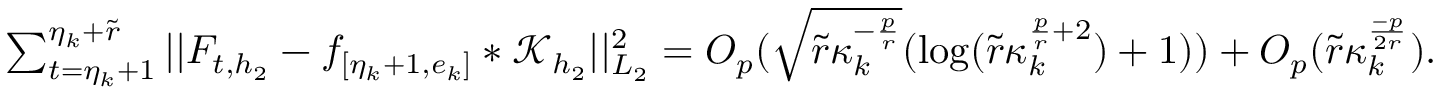
\begin{array} { r } { \sum _ { t = \eta _ { k } + 1 } ^ { \eta _ { k } + \widetilde { r } } \vert \vert F _ { t , { h _ { 2 } } } - f _ { [ \eta _ { k } + 1 , e _ { k } ] } \ast \mathcal { K } _ { { h _ { 2 } } } \vert \vert _ { L _ { 2 } } ^ { 2 } = O _ { p } ( \sqrt { \widetilde { r } \kappa _ { k } ^ { - \frac { p } { r } } } ( \log ( \widetilde { r } \kappa _ { k } ^ { \frac { p } { r } + 2 } ) + 1 ) ) + O _ { p } ( \widetilde { r } \kappa _ { k } ^ { \frac { - p } { 2 r } } ) . } \end{array}